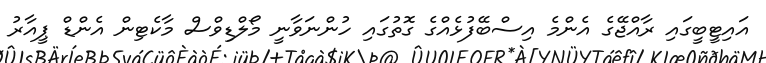
އައިޓީބީގައި ރާއްޖޭގެ އެންމެ އިސްބޭފުޅެއްގެ ގޮތުގައި ހުންނަވާނީ މޯލްޑިވްސް މާކެޓިން އެންޑް ޕީއާރު